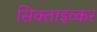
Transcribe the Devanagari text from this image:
सिक्ताइव्कर